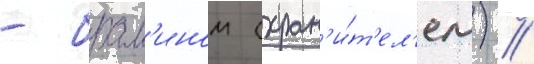
- брам'ином (хран'и́т'ел'ем) //